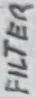
Text: FILTER